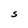
Character: S